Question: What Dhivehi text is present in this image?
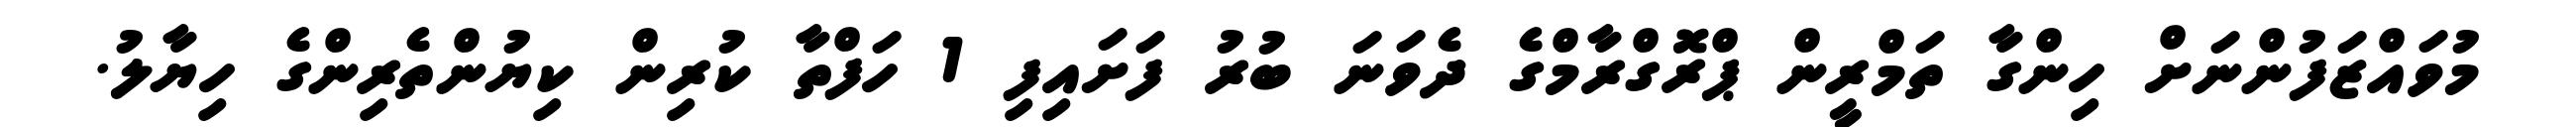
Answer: މުވައްޒަފުންނަށް ހިންގާ ތަމްރީން ޕްރޮގްރާމްގެ ދެވަނަ ބުރު ފަށައިފި 1 ހަފްތާ ކުރިން ކިޔުންތެރިންގެ ހިޔާލު.